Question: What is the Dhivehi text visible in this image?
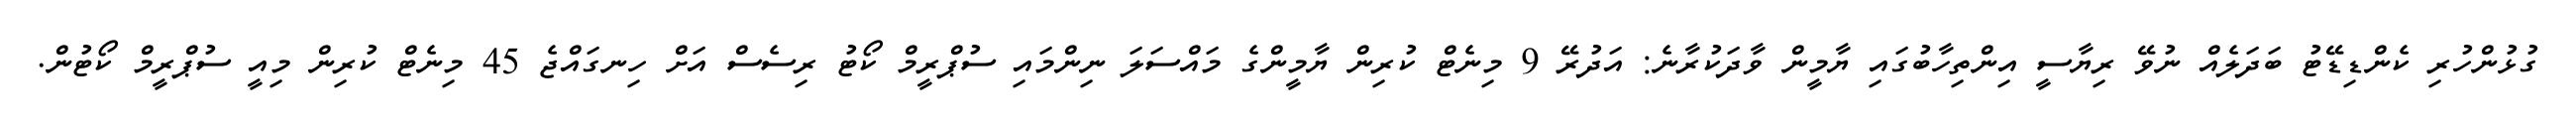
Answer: ގުޅުންހުރި ކެންޑިޑޭޓު ބަދަލެއް ނުވޭ ރިޔާސީ އިންތިހާބުގައި ޔާމީން ވާދަކުރާނެ: އަދުރޭ 9 މިނެޓް ކުރިން ޔާމީންގެ މައްސަލަ ނިންމައި ސުޕްރީމް ކޯޓު ރިސެސް އަށް ހިނގައްޖެ 45 މިނެޓް ކުރިން މިއީ ސުޕްރީމް ކޯޓުން.